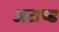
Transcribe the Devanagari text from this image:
अटाच्ड